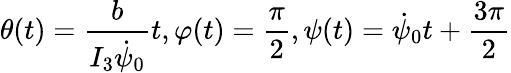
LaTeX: \theta(t)=\frac{b}{I_{3}\dot{\psi}_{0}}t,\varphi(t)=\frac{\pi}{2},\psi(t)=\dot{\psi}_{0}t+\frac{3\pi}{2}